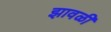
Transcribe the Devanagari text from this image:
झावळी